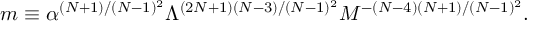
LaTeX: m \equiv \alpha ^ { ( N + 1 ) / ( N - 1 ) ^ { 2 } } \Lambda ^ { ( 2 N + 1 ) ( N - 3 ) / ( N - 1 ) ^ { 2 } } M ^ { - ( N - 4 ) ( N + 1 ) / ( N - 1 ) ^ { 2 } } .